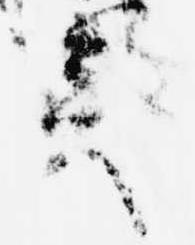
奠